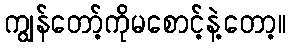
ကျွန်တော့်ကိုမစောင့်နဲ့တော့။